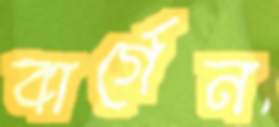
বার্গেন